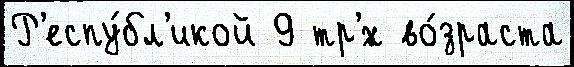
Р'еспу́бл'икой 9 тр'́х во́зраста